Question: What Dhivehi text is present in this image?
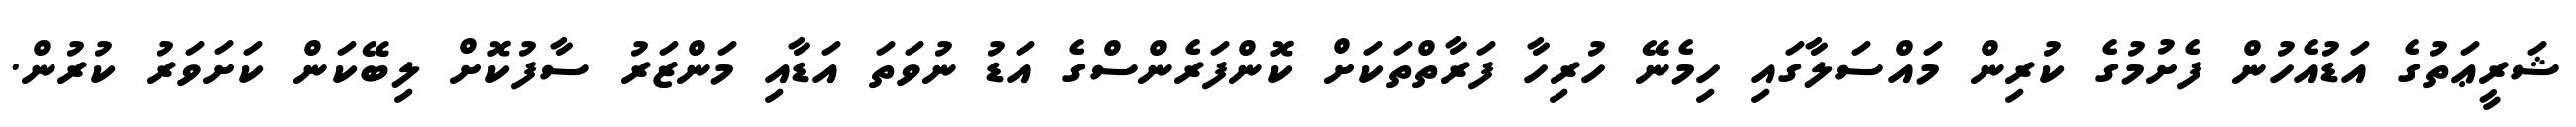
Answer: ޝަރީޢަތުގެ އަޑުއެހުން ފެށުމުގެ ކުރިން މައްސަލާގައި ހިމެނޭ ހުރިހާ ފަރާތްތަކަށް ކޮންފަރެންސްގެ އަޑު ނުވަތަ އަޑާއި މަންޒަރު ސާފުކޮށް ލިބޭކަން ކަށަވަރު ކުރުން.